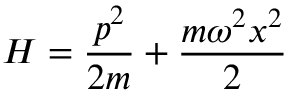
H = \frac { p ^ { 2 } } { 2 m } + \frac { m \omega ^ { 2 } x ^ { 2 } } { 2 }